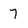
Character: 7